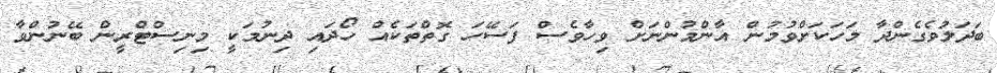
ބަދަލުވެގެންދާ މަހަކަށްވުމުން އާންމުންނަށް ވިހާވެސް ފަސޭހަ ގޮތްތަކެއް ހޯދައި ދިނުމަކީ މިނިސްޓްރީން ބޭނުންވާ